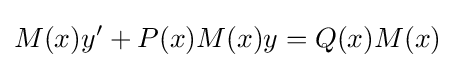
M(x)y'+P(x)M(x)y=Q(x)M(x)